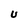
Character: U